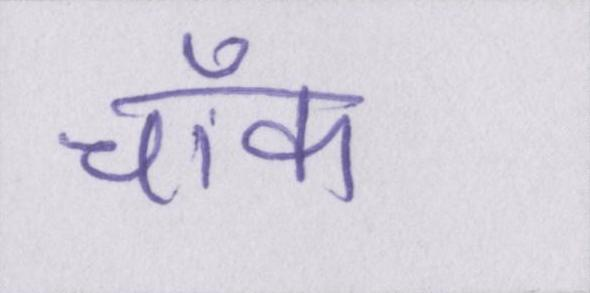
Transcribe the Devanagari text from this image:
चॉक